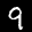
Label: 9